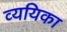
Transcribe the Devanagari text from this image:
व्ययिका